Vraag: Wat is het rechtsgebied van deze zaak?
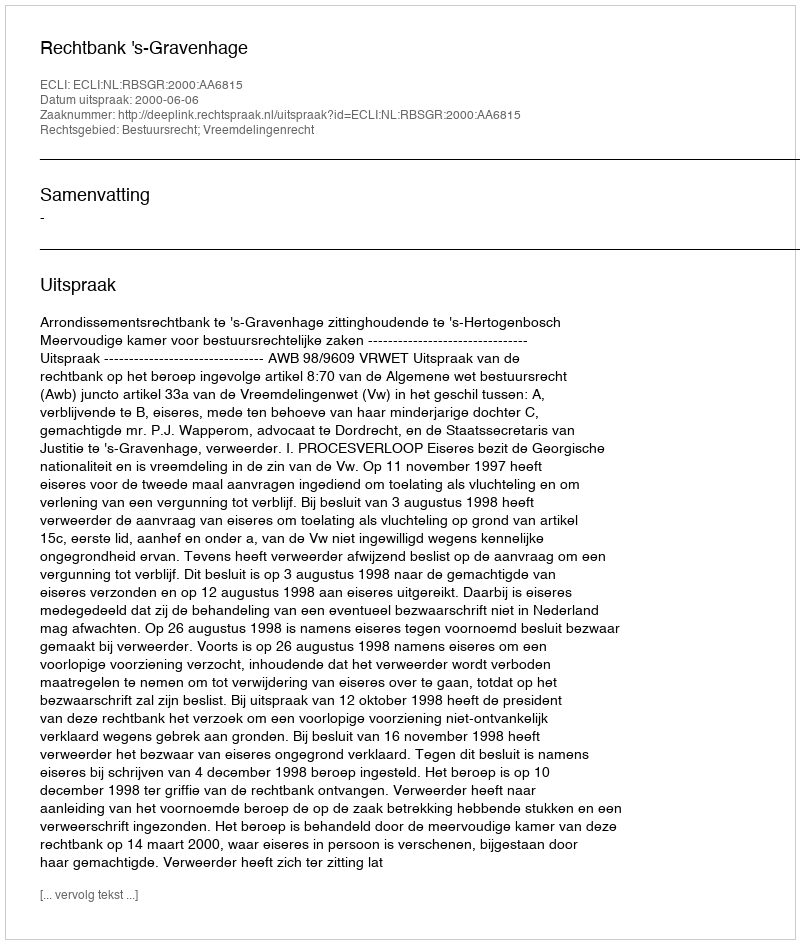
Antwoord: Bestuursrecht; Vreemdelingenrecht